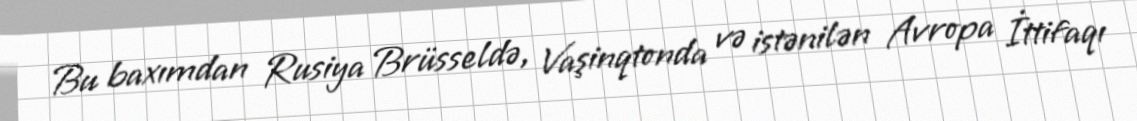
Bu baxımdan Rusiya Brüsseldə, Vaşinqtonda və istənilən Avropa İttifaqı